Report on vaccination in Madras 1877-1894 - 1877-1894
Year: 1877
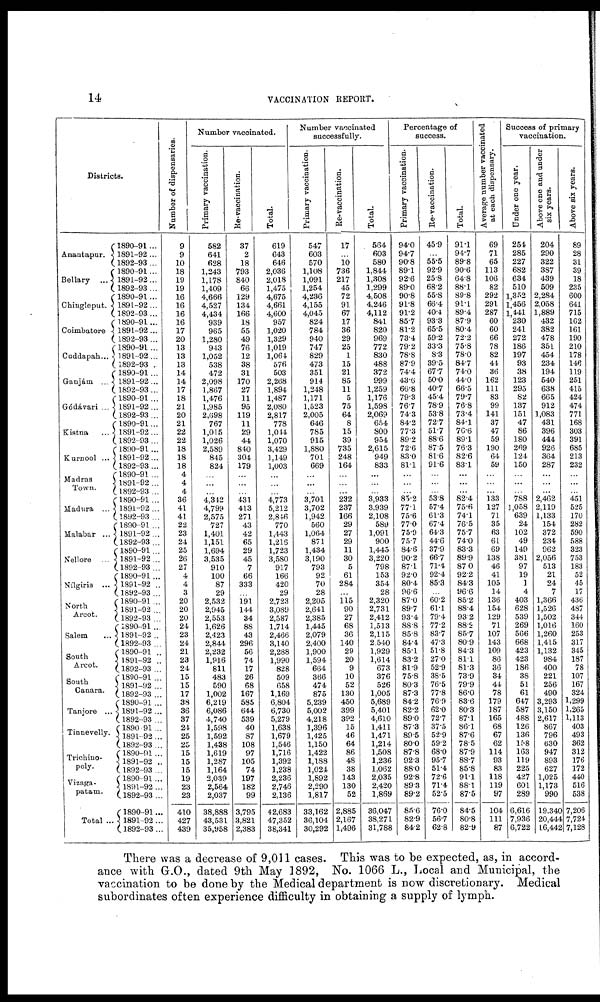
14
VACCINATION REPORT.
Districts.
Anantapur.
Bellary ...
Chingleput.
Coimbatore
Cuddapah...
Ganjám ...
Gódávari ...
Kistna
...
Kurnool ...
Madras
Town.
Madura ...
Malabar ...
Nellore ...
Nílgiris ...
North
Arcot.
Salem ...
South
Arcot.
South
Canara.
Tanjore ...
Tinnevelly.
Trichino-
poly.
Vizaga-
patam.
Total ...
1890-91 ...
1891-92 ...
1892-93 ...
1890-91 ...
1891-92 ...
1892-93...
1890-91...
1891-92 ...
1892-93 ...
1890-91...
1891-92...
1892-93 ...
1890-91 ...
1891-92...
1892-93 ...
1890-91 ...
1891-92 ...
1892-93 ...
1890-91 ...
1891-92 ...
1892-93 ...
1890-91...
1891-92 ...
1892-93...
1890-91 ...
1891-92...
1892-93 ...
1890-91 ...
1891-92...
1892-93 ...
1890-91 ...
1891-92 ...
1892-93 ...
1890-91 ...
1891-92...
1892-93 ...
1890-91...
1891-92 ...
1892-93...
1890-91 ...
1891-92 ..
1892-93...
1890-91 ...
1891-92 ...
1892-93 ...
1890-91 ...
1891-92 ..
1892-93 ...
1890-91 ..
1891-92 ..
1892-93...
1890-91 ...
1891-92 ...
1892-93 ...
1890-91 ...
1891-92 ...
1892-93 ...
1890-91 ...
1891-92...
1892-93...
1890-91...
1891-92 ..
1892-93 ...
1890-91...
1891-92...
1892-93...
1890-91...
1891-92 ...
1892-93...
Number of dispensaries.
9
9
10
18
19
19
16
16
16
16
17
20
13
13
13
14
14
17
18
21
20
21
22
22
18
18
18
4
4
4
36
41
41
22
23
24
25
26
27
4
4
3
20
20
20
24
23
24
21
23
24
15
15
17
38
36
37
24
25
25
15
15
15
19
23
23
410
427
439
Number vaccinated.
Primary vaccination.
582
641
628
1,243
1,178
1,409
4,666
4,527
4,434
939
965
1,280
943
1,052
538
472
2,098
1,867
1,476
1,985
2,698
767
1,015
1,026
2,589
845
824
...
...
...
4,342
4,799
2,575
727
1,401
1,151
1,694
3,535
910
100
87
29
2,532
2,945
2,553
1,626
2,423
2,844
2,232
1,916
811
483
590
1,002
6,219
6,086
4,740
1,598
1,592
1,438
1,619
1,287
1,164
2,039
2,564
2,037
38,888
43,531
35,958
Re-vaccination.
37
2
18
793
840
66
129
134
166
18
55
49
76
12
38
31
170
27
11
95
119
11
29
44
840
304
179
...
...
...
431
413
271
43
42
65
29
45
7
66
333
...
191
144
34
88
43
296
56
74
17
26
68
167
585
644
539
40
87
108
97
105
74
197
182
99
3,795
3,821
2,383
Total.
619
643
646
2,036
2,018
1,475
4,675
4,661
4,600
957
1,020
1,329
1,019
1,064
576
503
2,268
1,894
1,487
2,080
2,817
778
1,044
1,070
3,429
1,149
1,003
...
...
...
4,773
5,212
2,846
770
1,443
1,216
1,723
3,580
917
166
420
29
2,723
3,089
2,587
1,714
2,466
3,140
2,288
1,990
828
509
658
1,169
6,804
6,730
5,279
1,638
1,679
1,546
1,716
1,392
1,238
2,236
2,746
2,136
42,683
47,352
38,341
Number vaccinated
successfully.
Primary vaccination.
547
603
570
1,108
1,091
1,254
4,236
4,155
4,045
824
784
940
747
829
473
351
914
1,248
1,171
1,523
2,005
646
785
915
1,880
701
669
...
...
...
3,701
3,702
1,942
560
1,064
871
1,434
3,190
793
92
70
28
2,205
2,641
2,385
1,445
2,079
2,400
1,900
1,594
664
366
474
875
5,239
5,002
4,218
1,396
1,425
1,150
1,422
1,188
1,024
1,892
2,290
1,817
33,162
36,104
30,292
Re-vaccination.
17
...
10
736
217
45
72
91
67
17
36
29
25
1
15
21
85
11
5
75
64
8
15
39
735
248
164
...
...
...
232
237
166
29
27
29
11
30
5
61
284
...
115
90
27
68
36
140
29
20
9
10
52
130
450
399
392
15
46
64
86
48
38
143
130
52
2,885
2,167
1,496
Total.
564
603
580
1,844
1,308
1,299
4,508
4,246
4,112
841
820
969
772
830
488
372
999
1,259
1,176
1,598
2,069
654
800
954
2,615
949
833
...
...
...
3,933
3,939
2,108
589
1,091
900
1,445
3,220
798
153
354
28
2,320
2,731
2,412
1,513
2,115
2,540
1,929
1,614
673
376
526
1,005
5,689
5,401
4,610
1,411
1,471
1,214
1,508
1,236
1,062
2,035
2,420
1,869
36,047
38,271
31,788
Percentage of
success.
Primary vaccination.
94.0
94.7
90.8
89.1
92.6
89.0
90.8
91.8
91.2
85.7
81.2
73.4
79.2
78.8
87.9
74.4
43.6
66.8
79.3
76.7
74.3
84.2
77.3
89.2
72.6
83.0
81.1
...
...
...
85.2
77.1
75.6
77.0
75.9
75.7
84.6
90.2
87.1
92.0
80.4
96.6
87.0
89.7
93.4
88.8
85.8
84.4
85.1
83.2
81.9
75.8
80.3
87.3
84.2
82.2
89.0
87.3
89.5
80.0
87.8
92.3
88.0
92.8
89.3
89.2
85.6
82.9
84.2
Re-vaccination.
45.9
...
55.5
92.9
25.8
68.2
55.8
66.4
40.4
93.3
65.5
59.2
33.3
8.3
39.5
67.7
50.0
40.7
45.4
78.9
53.8
72.7
51.7
88.6
87.5
81.6
91.6
...
...
...
53.8
57.4
61.3
67.4
64.3
44.6
37.9
66.7
71.4
92.4
85.3
...
60.2
61.1
79.4
77.2
83.7
47.3
51.8
27.0
52.9
38.5
76.5
77.8
76.9
62.0
72.7
37.5
52.9
59.2
68.0
95.7
51.4
72.6
71.4
52.5
76.0
56.7
62.8
Total.
91.1
94.7
89.8
90.6
64.8
88.1
89.8
91.1
89.4
87.9
80.4
72.2
75.8
78.0
84.7
74.0
44.0
66.5
79.7
76.8
73.4
84.1
76.6
89.1
76.3
82.6
83.1
...
...
...
82.4
75.6
74.1
76.5
75.7
74.0
83.3
89.9
87.0
92.2
84.3
96.6
85.2
88.4
93.2
88.2
85.7
80.9
84.3
81.1
81.3
73.9
79.9
86.0
83.6
80.3
87.1
86.1
87.6
78.5
87.9
88.7
85.8
91.1
88.1
87.5
84.5
80.8
82.9
Average number vaccinated
at each dispensary.
69
71
65
113
106
82
292
291
287
60
60
66
78
82
44
36
162
111
83
99
141
37
47
59
190
64
59
...
...
...
133
127
71
35
63
61
69
138
46
41
105
14
136
154
129
71
107
143
109
86
36
34
44
78
179
187
165
68
67
62
114
93
83
118
119
97
104
111
87
Success of primary
vaccination.
Under one year.
254
285
227
682
634
510
1,352
1,456
1,441
230
241
272
186
197
93
38
123
295
82
137
151
47
86
180
269
124
150
...
...
...
788
1,058
639
24
102
49
149
381
97
19
1
4
403
628
539
269
566
668
423
423
186
38
51
61
647
587
488
126
136
158
163
119
225
427
601
289
6,616
7,936
6,722
Above one and under
six years.
204
290
322
387
439
509
2,284
2,058
1,889
432
382
478
351
454
234
194
540
638
665
912
1,083
431
396
444
926
364
287
...
...
...
2,462
2,119
1,133
154
372
234
962
2,056
513
21
24
7
1,366
1,526
1,502
1,016
1,260
1,415
1,132
984
400
221
256
490
3,293
3,150
2,617
867
796
630
947
893
627
1,025
1,173
990
19,340
20,444
16,442
Above six years.
89
28
31
39
18
235
600
641
715
162
161
190
210
178
146
119
251
415
424
474
771
168
303
391
685
213
232
...
...
...
451
525
170
282
590
588
323
753
183
52
45
17
436
487
344
160
253
317
345
187
78
107
167
324
1,299
1,265
1,113
403
493
362
312
176
172
440
516
538
7,206
7,724
7,128
There was a decrease of 9,011 cases. This was to be expected, as, in accord-
ance with G.O., dated 9th May 1892, No. 1066 L., Local and Municipal, the
vaccination to be done by the Medical department is now discretionary. Medical
subordinates often experience difficulty in obtaining a supply of lymph.